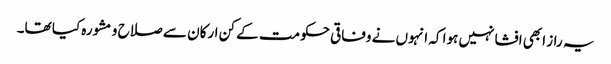
یہ راز ابھی افشا نہیں ہوا کہ انہوں نے وفاقی حکومت کے کن ارکان سے صلاح و مشورہ کیا تھا۔